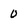
Character: 0